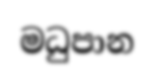
මධුපාන